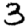
Digit: 3